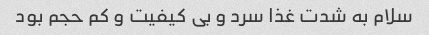
سلام به شدت غذا سرد و بی کیفیت و کم حجم بود